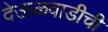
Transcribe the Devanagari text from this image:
देऊळवाडीची